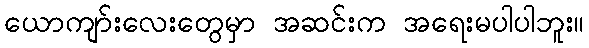
ယောကျာ်းလေးတွေမှာ အဆင်းက အရေးမပါပါဘူး။